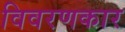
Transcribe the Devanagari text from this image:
विवरणकार